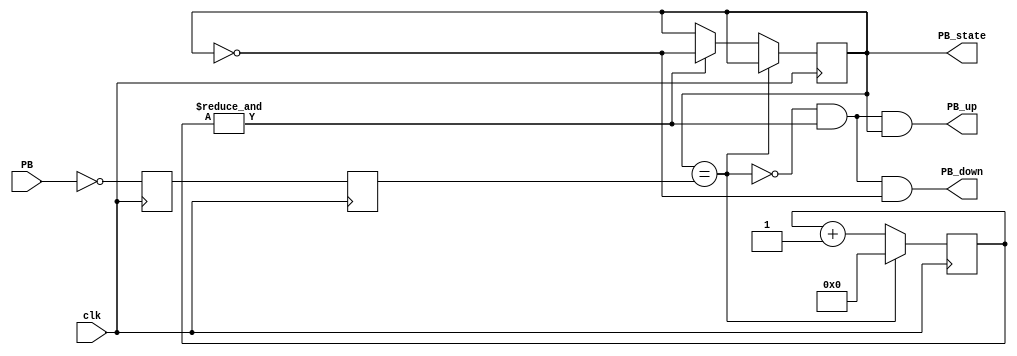
`timescale 1ns / 1ps
//////////////////////////////////////////////////////////////////////////////////
// Company: 
// Engineer: 
// 
// Design Name: 
// Module Name: PushButton_Debouncer
// Project Name: 
// Target Devices: 
// Tool Versions: 
// Description: 
// 
// Dependencies: 
// 
// Revision:
// Revision 0.01 - File Created
// Additional Comments:
// 
//////////////////////////////////////////////////////////////////////////////////


module PushButton_Debouncer(
	input clk,
	input PB, // "PB" is the glitchy, asynchronous to clk, active low pushbutton signal
	// from which we make three outputs, all synchronous to the clock
	output reg PB_state, // 1 as long as the push-button is active (down)
	output PB_down, // 1 for one clock cycle when the push-button goes down (i.e. just pushed)
	output PB_up // 1 for one clock cycle when the push-button goes up (i.e. just released)
);
	// First use two flip-flops to synchronize the PB signal the "clk" clock domain
	reg PB_sync_0; always @(posedge clk) PB_sync_0 <= ~PB; // invert PB to make	PB_sync_0 active high
	reg PB_sync_1; always @(posedge clk) PB_sync_1 <= PB_sync_0;// Next declare a 16-bits counter
	reg [15:0] PB_cnt;
	// When the push-button is pushed or released, we increment the counter
	// The counter has to be maxed out before we decide that the push-button state has changed
	wire PB_idle = (PB_state==PB_sync_1);
	wire PB_cnt_max = &PB_cnt; // true when all bits of PB_cnt are 1's
	always @(posedge clk)
	if(PB_idle)
		PB_cnt <= 0; // nothing's going on
	else
	begin
		PB_cnt <= PB_cnt + 16'd1; // something's going on, increment the counter
		if(PB_cnt_max) PB_state <= ~PB_state; // if the counter is maxed out, PB changed!
	end
	assign PB_down = ~PB_idle & PB_cnt_max & ~PB_state;
	assign PB_up = ~PB_idle & PB_cnt_max & PB_state;
endmodule